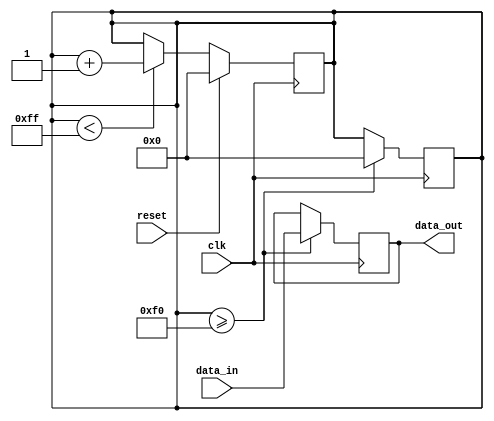
module Almost_Full_FIFO (
    input wire clk,
    input wire reset,
    input wire data_in,
    output reg data_out
);

reg [7:0] fifo_buffer [0:255]; // 256-depth FIFO buffer
reg [7:0] fill_level; // Fill level of FIFO buffer

// Timing control block
always @(posedge clk) begin
    if (reset) begin
        fill_level <= 0;
    end else if (fill_level < 255) begin
        fill_level <= fill_level + 1;
    end
end

// Synchronization block
always @(posedge clk) begin
    if (fill_level >= 240) begin // Trigger at almost full (240/256)
        data_out <= data_in;
        fill_level <= 0; // Reset fill level
    end
end

endmodule